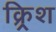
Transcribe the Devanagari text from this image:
क्र्रिश